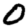
Digit: 0